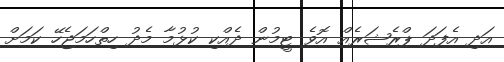
އަދި އެފަދަ ޕްރެޝަރެއް އޮވެ ޓީމުން ދެއްކި ކުޅުމާ މެދު ހިތްހަމަޖެހޭ ކަމަށް